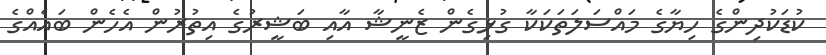
ކުޑަކުދިންގެ ހިޔާގެ މައްސަލަތަކަކާ ގުޅިގެން ޒެނީޝާ އާއި ބަޝީރުގެ އިތުރުން އެހެން ބައެއްގެ